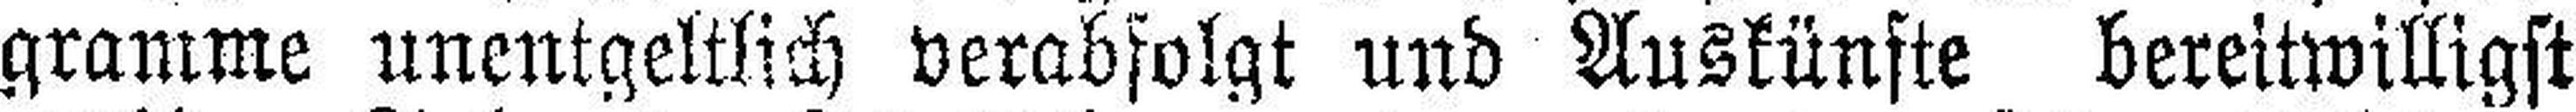
gramme unentgeltlich verabfolgt und Auskünfte bereitwilligst